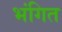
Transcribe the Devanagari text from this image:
भंगित